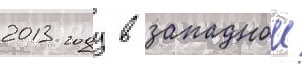
2013 году в западнои